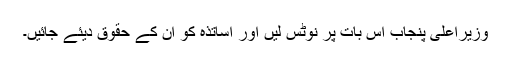
وزیراعلیٰ پنجاب اس بات پر نوٹس لیں اور اساتذہ کو ان کے حقوق دیئے جائیں۔